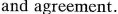
and agreement.